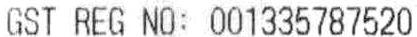
GST REG NO: 001335787520